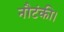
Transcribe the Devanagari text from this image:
नौटंकी।